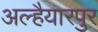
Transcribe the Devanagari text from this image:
अल्हैयारपुर